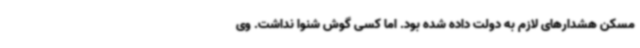
مسکن هشدارهای لازم به دولت داده شده بود. اما کسی گوش شنوا نداشت. وی